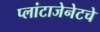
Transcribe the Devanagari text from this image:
प्लांटाजेनेटचे